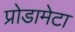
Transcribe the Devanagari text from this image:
प्रोडामेटा